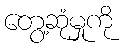
တွေ့ဆုံမှုကို